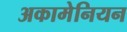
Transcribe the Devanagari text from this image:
अकामेनियन